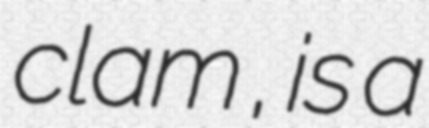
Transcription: clam , is a